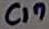
Text: C17